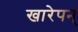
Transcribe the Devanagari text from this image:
खारेपन्